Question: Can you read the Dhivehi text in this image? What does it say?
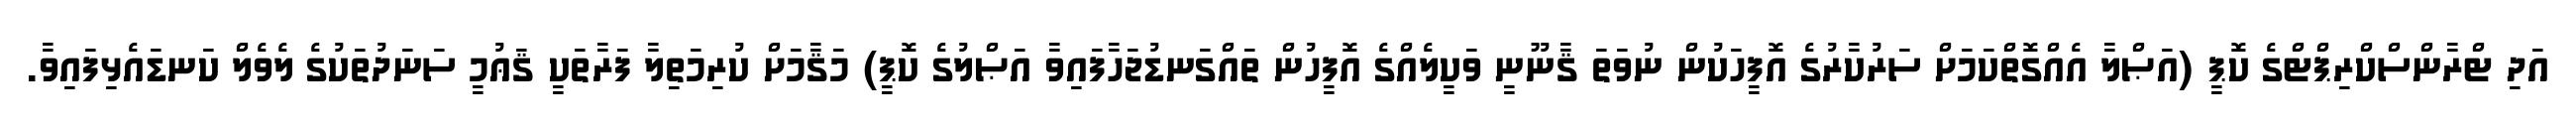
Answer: އަދި ޓްރާންސްކްރިޕްޓްގެ ކޮޕީ (އަޞްލާ އެއްގޮތްކަމަށް ސަރުކާރުގެ އޮފީހަކުން ނުވަތަ ޤާނޫނީ ވަކީލެއްގެ އޮފީހުން ތައްގަނޑުޖަހާފައިވާ އަޞްލުގެ ކޮޕީ) މަޤާމަށް ކުރިމަތިލާ ފަރާތަކީ ޤަޢުމީ ސަނަދުތަކުގެ ލެވެލް ކަނޑައެޅިފައިވާ.